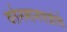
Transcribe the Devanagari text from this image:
वर्तनमानपत्रांचे